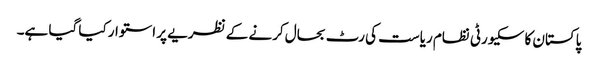
پاکستان کا سکیورٹی نظام ریاست کی رٹ بحال کرنے کے نظریے پر استوار کیا گیا ہے۔